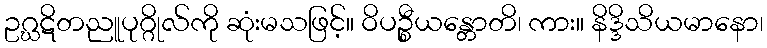
ဥဂ္ဃဋိတညူပုဂ္ဂိုလ်ကို ဆုံးမသဖြင့်။ ဝိပဉ္စီယန္တောတိ၊ ကား။ နိဒ္ဒိသိယမာနော၊